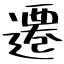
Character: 遷